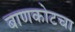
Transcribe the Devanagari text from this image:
बाणकोटचा